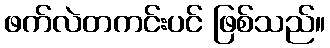
ဖက်လဲတကင်းပင် ဖြစ်သည်။